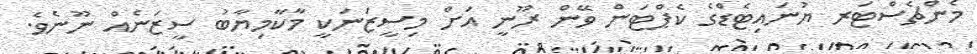
މެންޗެސްޓަރ ޔުނައިޓެޑްގެ ކެޕްޓަން ވޭން ރޫނީ އަށް މިސީޒަނަކީ މާކާމިޔާބު ސީޒަނެއް ނޫނެވެ.